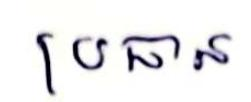
ប្រធាន